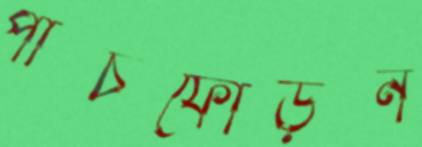
পাঁচফোড়ন